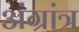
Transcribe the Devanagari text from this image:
अंग्रांत्र